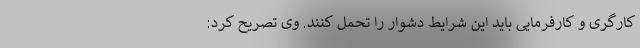
کارگری و کارفرمایی باید این شرایط دشوار را تحمل کنند. وی تصریح کرد: